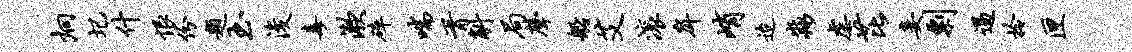
炯圮什恨份题玉浚毒漱碎喘胥斛局声船艾滚戽峭迨淼虐芘妾剽遏拎匣